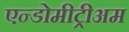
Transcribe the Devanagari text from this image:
एन्डोमीट्रीअम